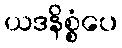
ယဒနိစ္စံပေ